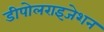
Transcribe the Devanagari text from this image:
डीपोलराइजेशन